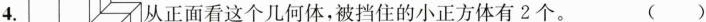
4.正面看这个几何体，被挡住的小正方体有2个。( )